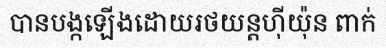
បានបង្កឡើងដោយរថយន្តហ៊ីយ៉ុន ពាក់